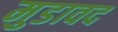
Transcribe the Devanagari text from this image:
मुडावद